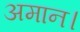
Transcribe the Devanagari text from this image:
अमान।